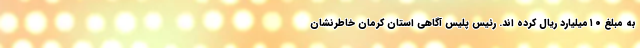
به مبلغ ۱۰میلیارد ریال کرده اند. رئیس پلیس آگاهی استان کرمان خاطرنشان